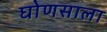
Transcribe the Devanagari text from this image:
घोणसाला